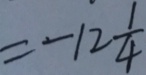
= - 1 2 \frac { 1 } { 4 }